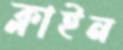
ক্লাইন